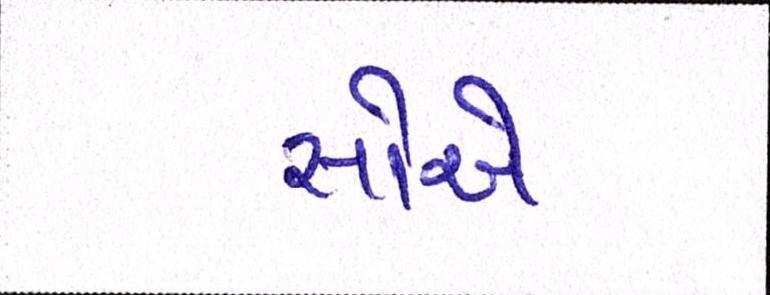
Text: સોએ